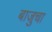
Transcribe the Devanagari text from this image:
बाजुचा